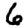
Digit: 6